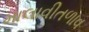
માલાવીતળાવ